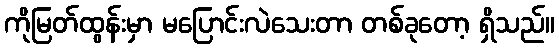
ကိုမြတ်ထွန်းမှာ မပြောင်းလဲသေးတာ တစ်ခုတော့ ရှိသည်။